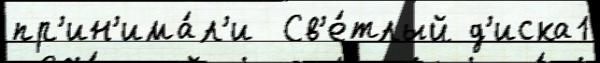
пр'ин'има́л'и  Св'е́тлый д'иска1